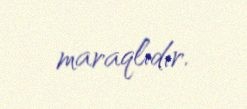
maraqlıdır.